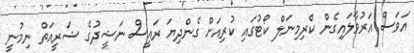
އަވަސް އަރުވާލައިގެން ކްރިމިނަލް ކޯޓުގައި ކުރިއަށް ގެންދިޔަ ރައީސް ނަޝީދުގެ ޝަރީއަތް ނިމުނީ